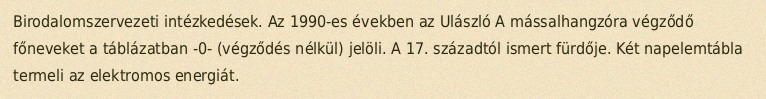
Birodalomszervezeti intézkedések. Az 1990-es években az Ulászló A mássalhangzóra végződő főneveket a táblázatban -0- (végződés nélkül) jelöli. A 17. századtól ismert fürdője. Két napelemtábla termeli az elektromos energiát.